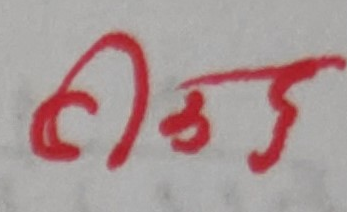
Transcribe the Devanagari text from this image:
ठिक